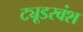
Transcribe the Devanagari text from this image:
ट्यूडरवंश